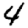
Digit: 4